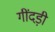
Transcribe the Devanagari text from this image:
गींदड़ी